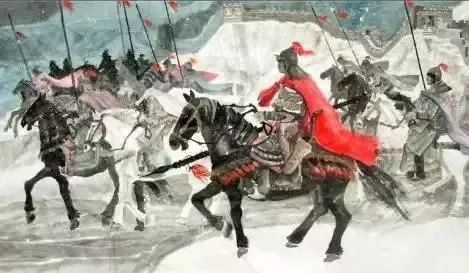
夜听胡笳折杨柳，教人意气忆长安。